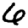
Digit: 6